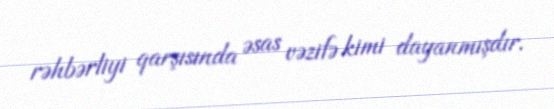
rəhbərliyi qarşısında əsas vəzifə kimi dayanmışdır.